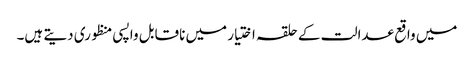
میں واقع عدالت کے حلقہ اختیار میں ناقابل واپسی منظوری دیتے ہیں۔